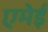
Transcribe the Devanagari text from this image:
एमेई